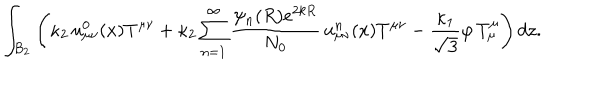
LaTeX: \int _ { B _ { 2 } } \left( \kappa _ { 2 } \, u _ { \mu \nu } ^ { 0 } ( x ) T ^ { \mu \nu } + \kappa _ { 2 } \sum _ { n = 1 } ^ { \infty } \frac { \psi _ { n } ( R ) e ^ { 2 k R } } { N _ { 0 } } \, u _ { \mu \nu } ^ { n } ( x ) T ^ { \mu \nu } - \frac { \kappa _ { 1 } } { \sqrt { 3 } } \varphi \, T _ { \mu } ^ { \mu } \right) d z .